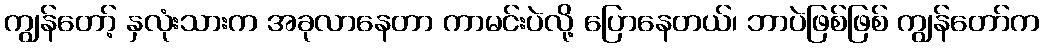
ကျွန်တော့် နှလုံးသားက အခုလာနေတာ ကာမင်းပဲလို့ ပြောနေတယ်၊ ဘာပဲဖြစ်ဖြစ် ကျွန်တော်က